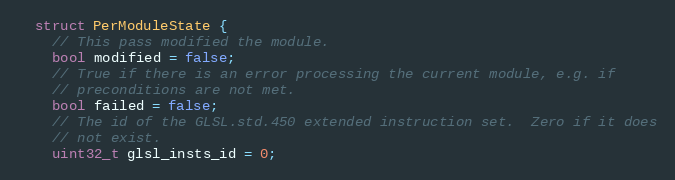
Language: C
  struct PerModuleState {
    // This pass modified the module.
    bool modified = false;
    // True if there is an error processing the current module, e.g. if
    // preconditions are not met.
    bool failed = false;
    // The id of the GLSL.std.450 extended instruction set.  Zero if it does
    // not exist.
    uint32_t glsl_insts_id = 0;